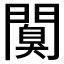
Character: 𨶑